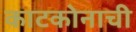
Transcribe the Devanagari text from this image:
काटकोनाची